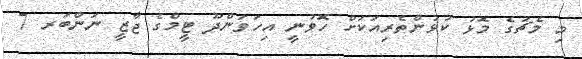
މި މެޗުގެ މޮޅު ކުޅުންތެރިއަކަށް ހޮވުނީ އިހަވަންދޫ ޓީމްގެ ޖާޒީ ނަންބަރ 7